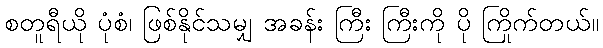
စတူရီယို ပုံစံ၊ ဖြစ်နိုင်သမျှ အခန်း ကြီး ကြီးကို ပို ကြိုက်တယ်။